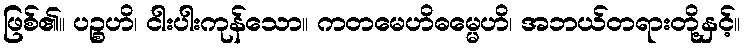
ဖြစ်၏။ ပဉ္စဟိ၊ ငါးပါးကုန်သော။ ကတမေဟိဓမ္မေဟိ၊ အဘယ်တရားတို့နှင့်။